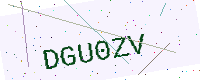
Text: DGU0ZV